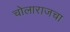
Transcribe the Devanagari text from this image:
चोलाराजचा